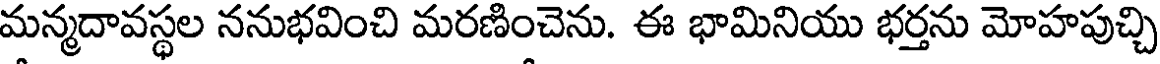
మన్మదావస్థల ననుభవించి మరణించెను. ఈ భామినియు భర్తను మోహపుచ్చి